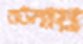
রটনায়